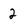
Character: 2